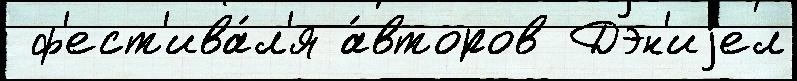
 ф'ест'ива́л'я а́второв Дэн'иjел